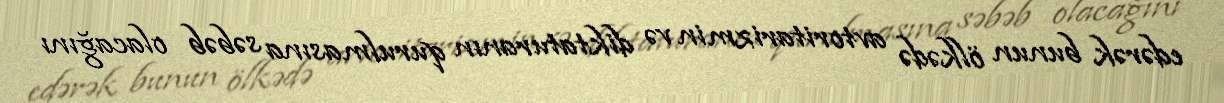
edərək bunun ölkədə avtoritarizmin və diktaturanın qurulmasına səbəb olacağını